Indian journal of veterinary science and animal husbandry - Volume 6,
Year: 1936
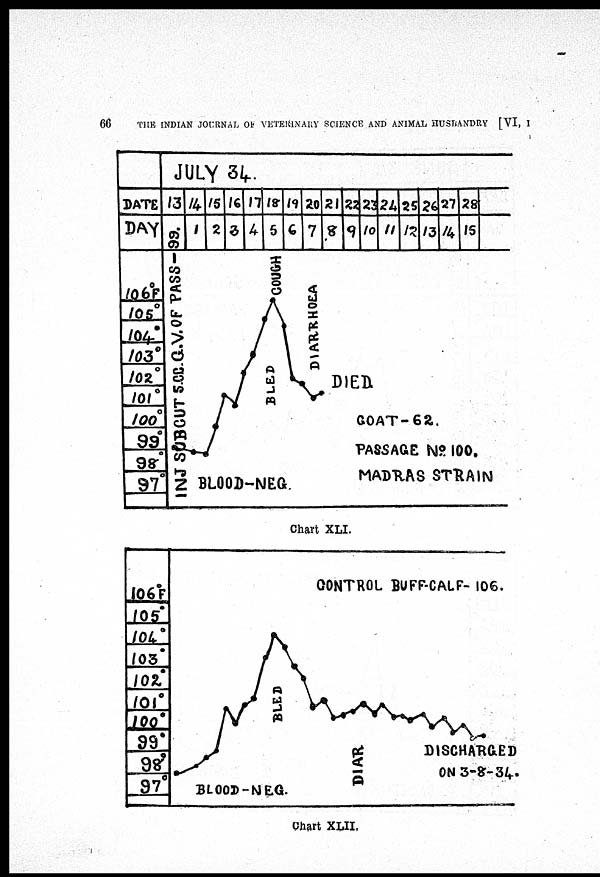
66
THE INDIAN JOURNAL OF VETERINARY SCIENCE AND ANIMAL HUSBANDRY [VI, I
Chart XLI.
Chart XLII.